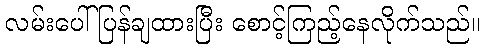
လမ်းပေါ်ပြန်ချထားပြီး စောင့်ကြည့်နေလိုက်သည်။